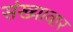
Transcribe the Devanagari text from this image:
संख्यावार